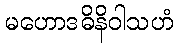
မဟောဒဓိနိဝါသဟံ